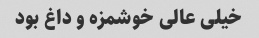
خیلی عالی خوشمزه و داغ بود